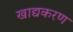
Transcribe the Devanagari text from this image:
खाद्यकरण